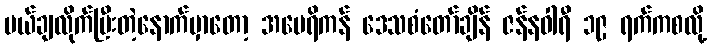
ပယ်ချလိုက်ပြီးတဲ့နောက်မှာတော့ အမေရိကန် ဒေသစံတော်ချိန် ဇန်နဝါရီ ၁၉ ရက်ကစလို့